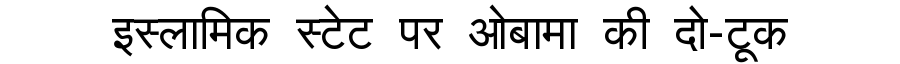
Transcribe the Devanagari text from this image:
इस्लामिक स्टेट पर ओबामा की दो-टूक